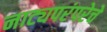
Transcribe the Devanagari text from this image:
नाट्यपरंपरेचे